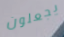
يجعلون